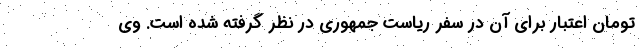
تومان اعتبار برای آن در سفر ریاست جمهوری در نظر گرفته شده است. وی